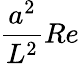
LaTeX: \frac{a^{2}}{L^{2}}Re